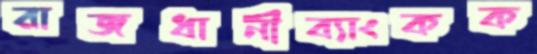
রাজধানীব্যাংকক